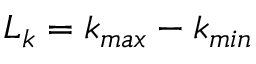
L _ { k } = k _ { m a x } - k _ { m i n }